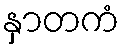
နှာတကံ